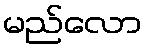
မည်လော